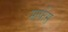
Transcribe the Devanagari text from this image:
मार्फंस